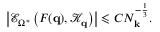
\left| \mathcal { E } _ { \Omega ^ { * } } \left( F ( \mathbf { q } ) , \mathcal { K } _ { \mathbf { q } } \right) \right| \leqslant C N _ { \mathbf { k } } ^ { - \frac 1 3 } .